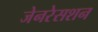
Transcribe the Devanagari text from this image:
जेनरेसशन